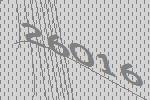
26016